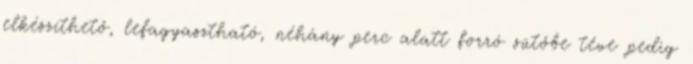
elkészíthető, lefagyasztható, néhány perc alatt forró sütőbe téve pedig